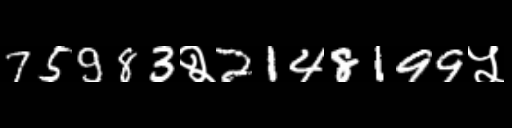
Text: 75983२2148199५